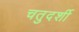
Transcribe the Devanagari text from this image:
चतुदर्शी